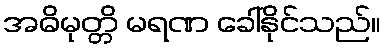
အဓိမုတ္တိ မရဏ ခေါ်နိုင်သည်။